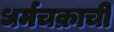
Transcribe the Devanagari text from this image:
धर्मचक्राची